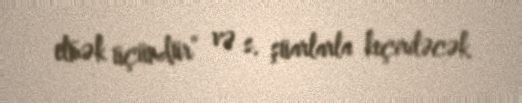
etmək üçündür” və s. şüarlarla keçiriləcək.